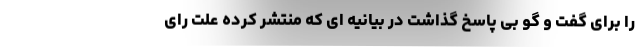
را برای گفت و گو بی پاسخ گذاشت در بیانیه ای که منتشر کرده علت رای